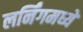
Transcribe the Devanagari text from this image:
लर्निंगमध्ये